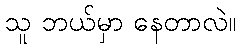
သူ ဘယ်မှာ နေတာလဲ။